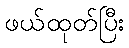
ဖယ်ထုတ်ပြီး